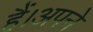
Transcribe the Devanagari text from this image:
हैं।अपने